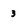
Character: 3